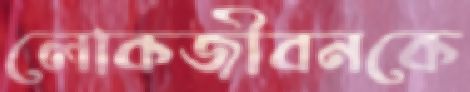
লোকজীবনকে